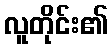
လူတိုင်း၏